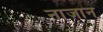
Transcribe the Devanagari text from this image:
नाज़ान